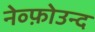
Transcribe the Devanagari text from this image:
नेव्फ़ोउन्द